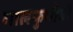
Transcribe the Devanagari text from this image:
गालफुगीची